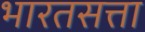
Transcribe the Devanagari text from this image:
भारतसत्ता